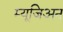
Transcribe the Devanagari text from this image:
म्यूजिअन